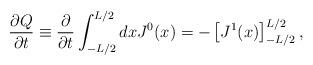
LaTeX: \begin{align*}{\partial Q\over \partial t} \equiv {\partial\over \partial t} \int_{-L/2}^{L/2} dx J^0(x)= -\left[J^1(x)\right]_{-L/2}^{L/2},\end{align*}